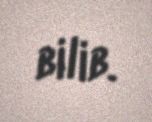
bilib.